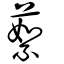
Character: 蕠